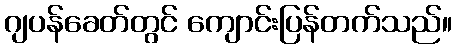
ဂျပန်ခေတ်တွင် ကျောင်းပြန်တက်သည်။